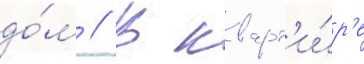
до́м // В кварт'и́р'е